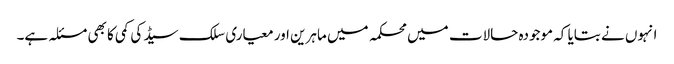
انہوں نے بتایا کہ موجودہ حالات میں محکمہ میں ماہرین اور معیاری سلک سیڈ کی کمی کا بھی مسئلہ ہے۔